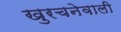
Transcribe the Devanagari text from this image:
खुरचनेवाली